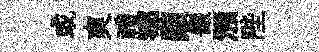
或爽禮鄂顛儼澦陛